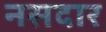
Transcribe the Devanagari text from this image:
नसदार